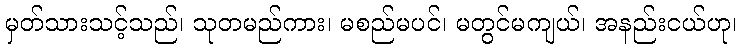
မှတ်သားသင့်သည်၊ သုတမည်ကား၊ မစည်မပင်၊ မတွင်မကျယ်၊ အနည်းငယ်ဟု၊